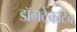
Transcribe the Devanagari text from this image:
डॉगटेकटिव